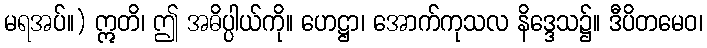
မရအပ်။) ဣတိ၊ ဤ အဓိပ္ပါယ်ကို။ ဟေဋ္ဌာ၊ အောက်ကုသလ နိဒ္ဒေသ၌။ ဒီပိတမေဝ၊